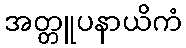
အတ္တူပနာယိကံ